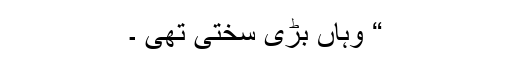
“ وہاں بڑی سختی تھی ۔